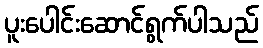
ပူးပေါင်းဆောင်ရွက်ပါသည်